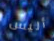
أليس